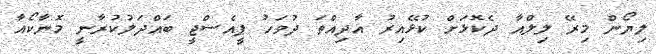
ލިޔޯން މިރޭ ލިލްއާ ދެކޮޅަށް ކުޅޭއިރު އާދިއްތަ ދުވަހު ޕީއެސްޖީ ބަައްދަލުކުރާނީ މޮނާކޯއާ